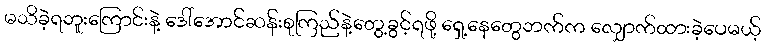
မသိခဲ့ရဘူးကြောင်းနဲ့ ဒေါ်အောင်ဆန်းစုကြည်နဲ့တွေ့ခွင့်ရဖို့ ရှေ့နေတွေဘက်က လျှောက်ထားခဲ့ပေမယ့်